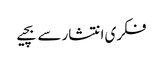
فکری انتشار سے بچیے